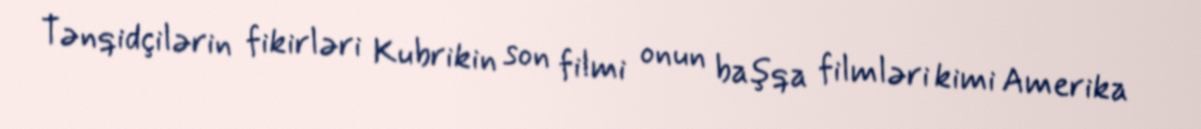
Tənqidçilərin fikirləri Kubrikin son filmi onun başqa filmləri kimi Amerika